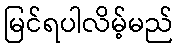
မြင်ရပါလိမ့်မည်